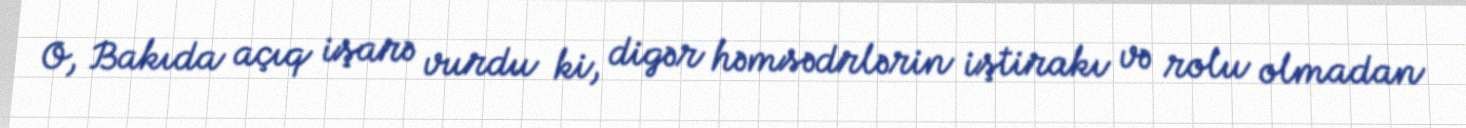
O, Bakıda açıq işarə vurdu ki, digər həmsədrlərin iştirakı və rolu olmadan